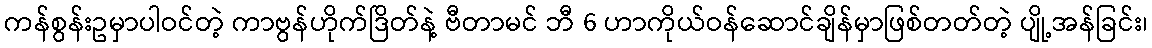
ကန်စွန်းဥမှာပါဝင်တဲ့ ကာဗွန်ဟိုက်ဒြိတ်နဲ့ ဗီတာမင် ဘီ 6 ဟာကိုယ်ဝန်ဆောင်ချိန်မှာဖြစ်တတ်တဲ့ ပျို့အန်ခြင်း၊